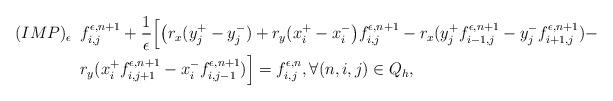
LaTeX: \begin{align*} (IMP)_{\epsilon}\,\,\, & f^{\epsilon,n+1}_{i,j}+ \frac{1}{\epsilon}\Big[\big(r_x (y_j^{+}-y_j^{-})+r_y(x_i^{+}-x_i^{-} \big)f_{i,j}^{\epsilon,n+1} - r_x (y_j^{+}f^{\epsilon,n+1}_{i-1,j} - y_j^{-} f^{\epsilon,n+1}_{i+1,j}) - \\ & r_y(x_i^{+}f^{\epsilon,n+1}_{i,j+1} - x_i^{-}f^{\epsilon,n+1}_{i,j-1})\Big] = f^{\epsilon,n}_{i,j}, \forall (n,i,j) \in Q_h,\end{align*}